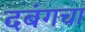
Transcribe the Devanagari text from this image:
दबंगचा